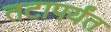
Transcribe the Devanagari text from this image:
तटापर्यंत